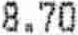
8.70